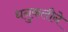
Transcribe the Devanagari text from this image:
धनुकलीने